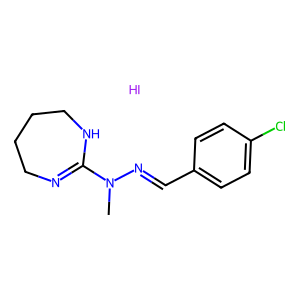
SMILES: CN(N=Cc1ccc(Cl)cc1)C1=NCCCCN1.I
Inhibits HIV replication: No